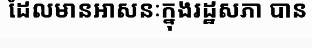
ដែលមានអាសនៈក្នុងរដ្ឋសភា បាន